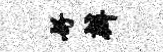
好辨